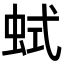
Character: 𧊖